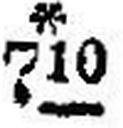
* 710